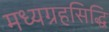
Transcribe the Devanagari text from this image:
मध्यग्रहसिद्धि